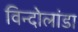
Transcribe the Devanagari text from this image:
विन्दोलांडा